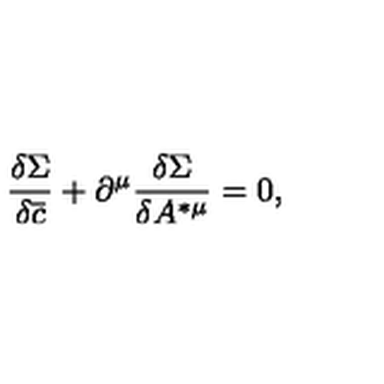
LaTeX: \frac { \delta \Sigma } { \delta \overline { { c } } } + \partial ^ { \mu } \frac { \delta \Sigma } { \delta A ^ { * \mu } } = 0 ,